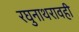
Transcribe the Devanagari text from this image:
रघुनाथरावही